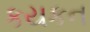
કયકન